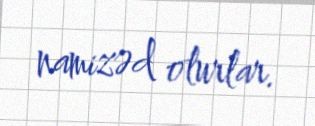
namizəd olurlar.